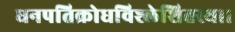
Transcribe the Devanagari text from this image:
धनपतिक्रोधविश्लेशितस्य।।